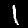
Digit: 1